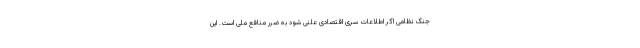
جنگ نظامی اگر اطلاعات سری اقتصادی علنی شود به ضرر منافع ملی است. این